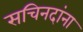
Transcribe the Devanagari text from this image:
सचिनदांना